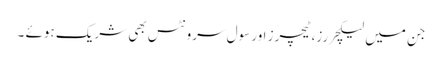
جن میں لیکچررز،ٹیچرز اور سول سرونٹس بھی شریک ہوئے ۔